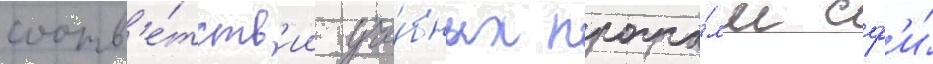
соотв'е́тств'ии уче́бных програ́мм сф'и́